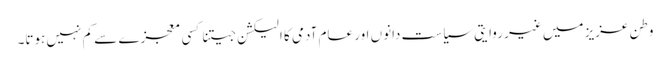
وطن عزیز میں غیر روایتی سیاست دانوں اور عام آدمی کا الیکشن جیتنا کسی معجزے سے کم نہیں ہوتا۔